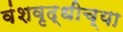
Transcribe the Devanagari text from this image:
वंशवृद्धीच्या